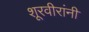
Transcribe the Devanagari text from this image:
शूरवीरांनी